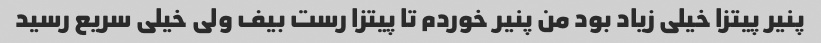
پنیر پیتزا خیلی زیاد بود من پنیر خوردم تا پیتزا رست بیف ولی خیلی سریع رسید